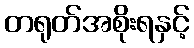
တရုတ်အစိုးရနှင့်